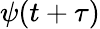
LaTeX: \psi(t+\tau)